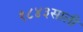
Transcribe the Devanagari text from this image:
१८४३साली